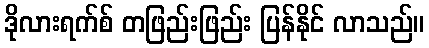
ဒိုလားရက်စ် တဖြည်းဖြည်း ပြန်နိုင် လာသည်။